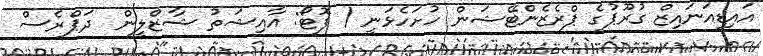
އައިޑިއަނައިޒް ގުރޫޕުގެ ޕްރެޒެންޓޭޝަން ހުށަހެޅަނީ / ފޮޓޯ: އާއިޝަތު ޝާޒްލީން  ދަޕްރެސް